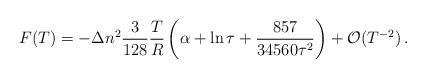
LaTeX: \begin{align*}F(T)=-\Delta n^2\frac{3 }{128}\frac{T}{R}\left (\alpha + \ln \tau +\frac{857}{34560\tau ^2}\right )+{\cal O}(T^{-2})\,{.}\end{align*}